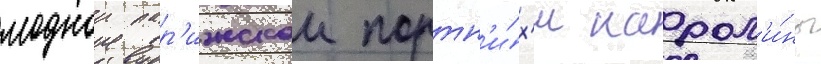
моднои пар'ижскои портн'и́х'и карол'и́ны